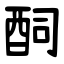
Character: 䣳